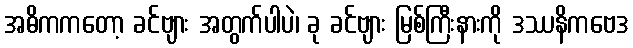
အဓိကကတော့ ခင်ဗျား အတွက်ပါပဲ၊ ခု ခင်ဗျား မြစ်ကြီးနားကို ဒဿနိကဗေဒ